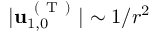
\vert \mathbf { u } _ { 1 , 0 } ^ { \mathrm { ~ ( ~ T ~ ) ~ } } \vert \sim 1 / r ^ { 2 }